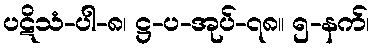
ပဋိသံ-ပါ-၈၊ ဋ္ဌ-ပ-အုပ်-၇၈။ ၅-နက်၊